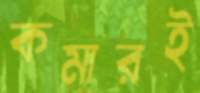
কমারই